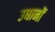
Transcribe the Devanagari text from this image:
उघानों